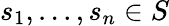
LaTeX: \textstyle{s_{1},...,s_{n}}\in S